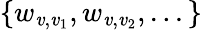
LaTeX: \{ w_{\mathit{v},\mathit{v}_{1}},w_{\mathit{v},\mathit{v}_{2}},...\}